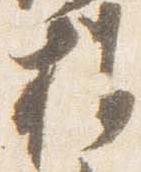
推